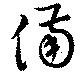
備